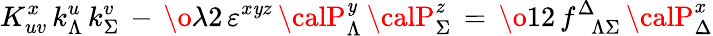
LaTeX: K_{uv}^{x}\, k_{\Lambda}^{u}\, k_{\Sigma}^{v}\, -\, {\o{\lambda}{2}}\, \varepsilon^{x\mathit{y}z}\, {\calP}_{\Lambda}^{\mathit{y}}\, {\calP}_{\Sigma}^{z}\, =\, {\o{1}{2}}\, f_{\phantom{\Delta}\Lambda\Sigma}^{\Delta}\, {\calP}_{\Delta}^{x}